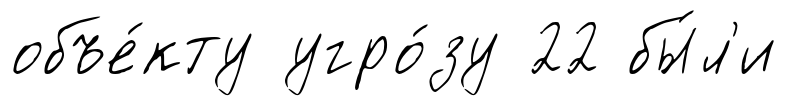
объе́кту угро́зу 22 бы́л'и